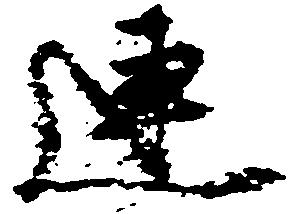
連